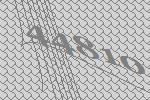
44810